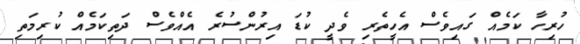
ހުރިހާ ކަމެއް ގައިވެސް އެހީތެރި ވެދީ ކުޑަ އިރުންސުރެ އެއްވެސް ދަތިކަމެއް ކުރިމަތި